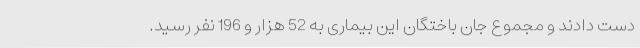
دست دادند و مجموع جان باختگان این بیماری به 52 هزار و 196 نفر رسید.